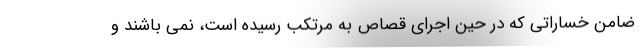
ضامن خساراتی که در حین اجرای قصاص به مرتکب رسیده است، نمی باشند و